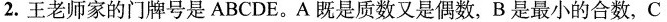
2.王老师家的门牌号是ABCDE。A既是质数又是偶数，B是最小的合数，C